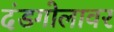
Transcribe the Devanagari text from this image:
दंडगोलावर